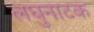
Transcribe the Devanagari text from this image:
लघुनाटक